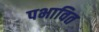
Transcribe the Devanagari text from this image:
पभावित